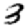
Digit: 3